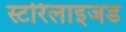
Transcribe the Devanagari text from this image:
स्टरिलाइजड